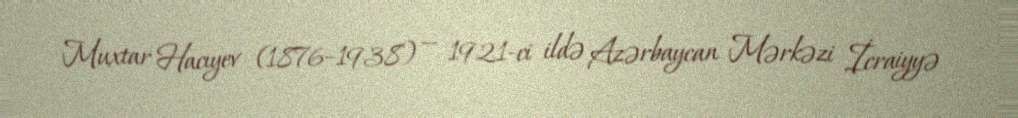
Muxtar Hacıyev (1876–1938) — 1921-ci ildə Azərbaycan Mərkəzi İcraiyyə